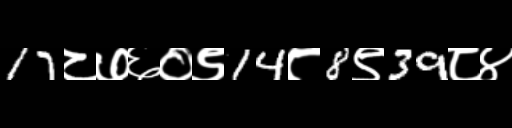
Text: 17८७६०९14८8९39८४